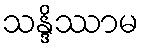
သန္ဒိဿာမ